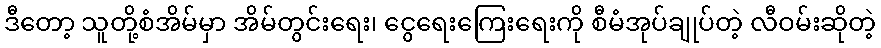
ဒီတော့ သူတို့စံအိမ်မှာ အိမ်တွင်းရေး၊ ငွေရေးကြေးရေးကို စီမံအုပ်ချုပ်တဲ့ လီဝမ်းဆိုတဲ့